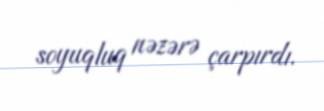
soyuqluq nəzərə çarpırdı.